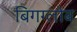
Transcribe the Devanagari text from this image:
बिगग्लोब